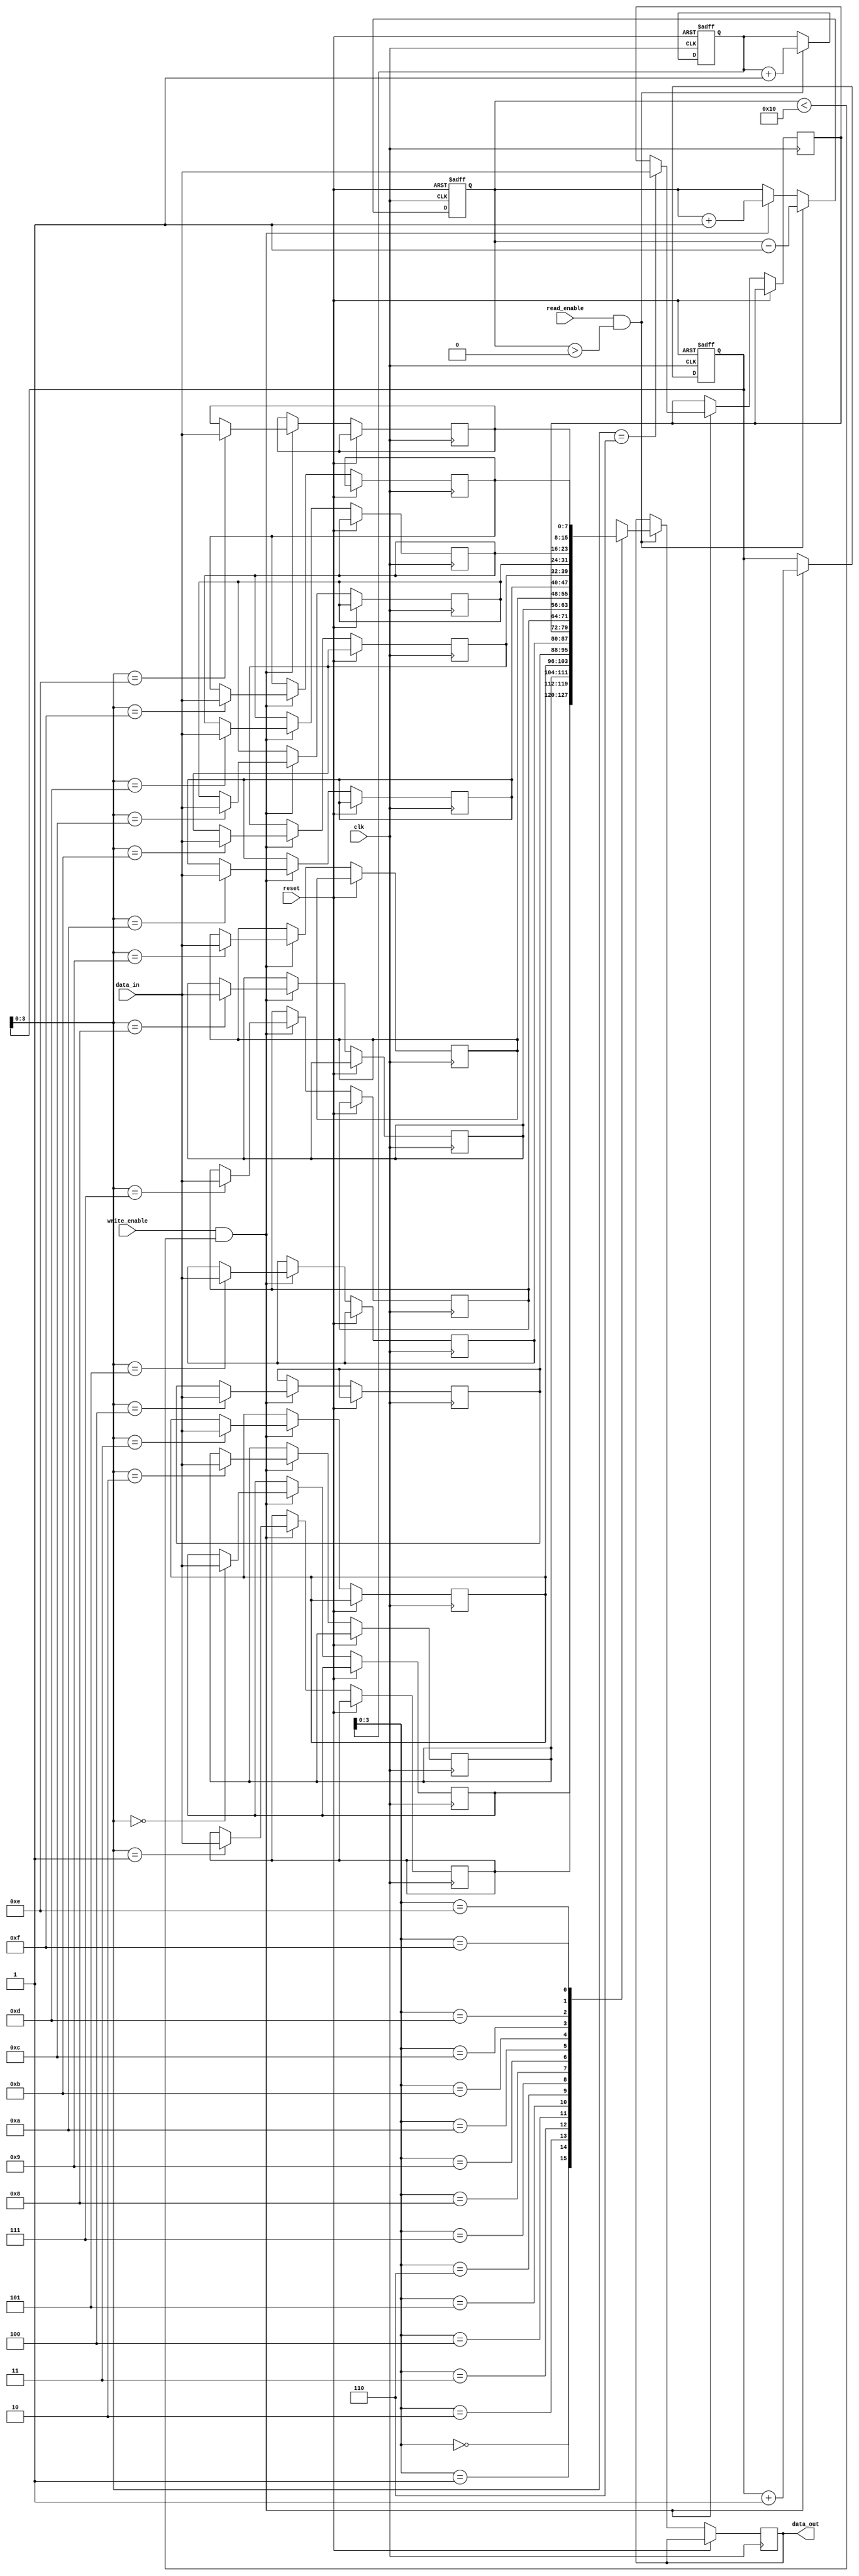
module dual_port_fifo (
   input wire clk,
   input wire reset,
   input wire write_enable,
   input wire [DATA_WIDTH-1:0] data_in,
   input wire read_enable,
   output wire [DATA_WIDTH-1:0] data_out
);

parameter DATA_WIDTH = 8;
parameter DEPTH = 16;

reg [DATA_WIDTH-1:0] fifo [0:DEPTH-1];
reg [6:0] write_ptr, read_ptr;
reg [4:0] fifo_count;

always @(posedge clk or posedge reset) begin
   if (reset) begin
      write_ptr <= 0;
      read_ptr <= 0;
      fifo_count <= 0;
   end else begin
      if (write_enable && (fifo_count < DEPTH)) begin
         fifo[write_ptr] <= data_in;
         write_ptr <= write_ptr + 1;
         fifo_count <= fifo_count + 1;
      end

      if (read_enable && (fifo_count > 0)) begin
         data_out <= fifo[read_ptr];
         read_ptr <= read_ptr + 1;
         fifo_count <= fifo_count - 1;
      end
   end
end

endmodule